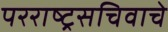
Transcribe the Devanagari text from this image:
परराष्ट्रसचिवाचे